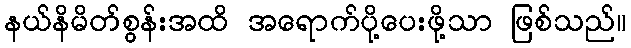
နယ်နိမိတ်စွန်းအထိ အရောက်ပို့ပေးဖို့သာ ဖြစ်သည်။